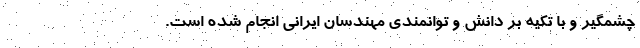
چشمگیر و با تکیه بر دانش و توانمندی مهندسان ایرانی انجام شده است.